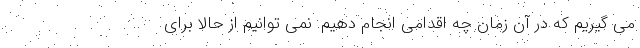
می گیریم که در آن زمان چه اقدامی انجام دهیم. نمی توانیم از حالا برای